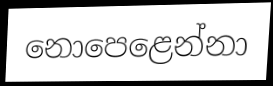
නොපෙළෙන්නා